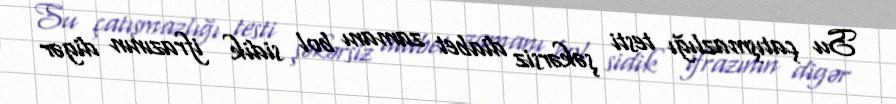
Su çatışmazlığı testi şəkərsiz diabet zamanı bol sidik ifrazının digər